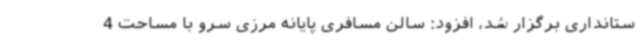
ستانداری برگزار شد، افزود: سالن مسافری پایانه مرزی سرو با مساحت 4